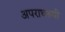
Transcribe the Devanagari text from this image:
अपराधरूपी